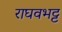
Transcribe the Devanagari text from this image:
राघवभट्ट